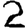
Digit: 2